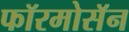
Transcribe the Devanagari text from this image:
फॉरमोसॅन